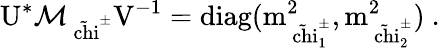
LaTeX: \mathrm{U^{*}\cal{M}_{\mathrm{\tilde{\ chi}^{\pm}}}\mathrm{V^{-1}=diag(m_{\tilde{\ chi}_{1}^{\pm}}^{2},m_{\tilde{\ chi}_{2}^{\pm}}^{2})\ .}}